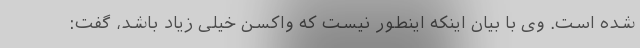
شده است. وی با بیان اینکه اینطور نیست که واکسن خیلی زیاد باشد، گفت: